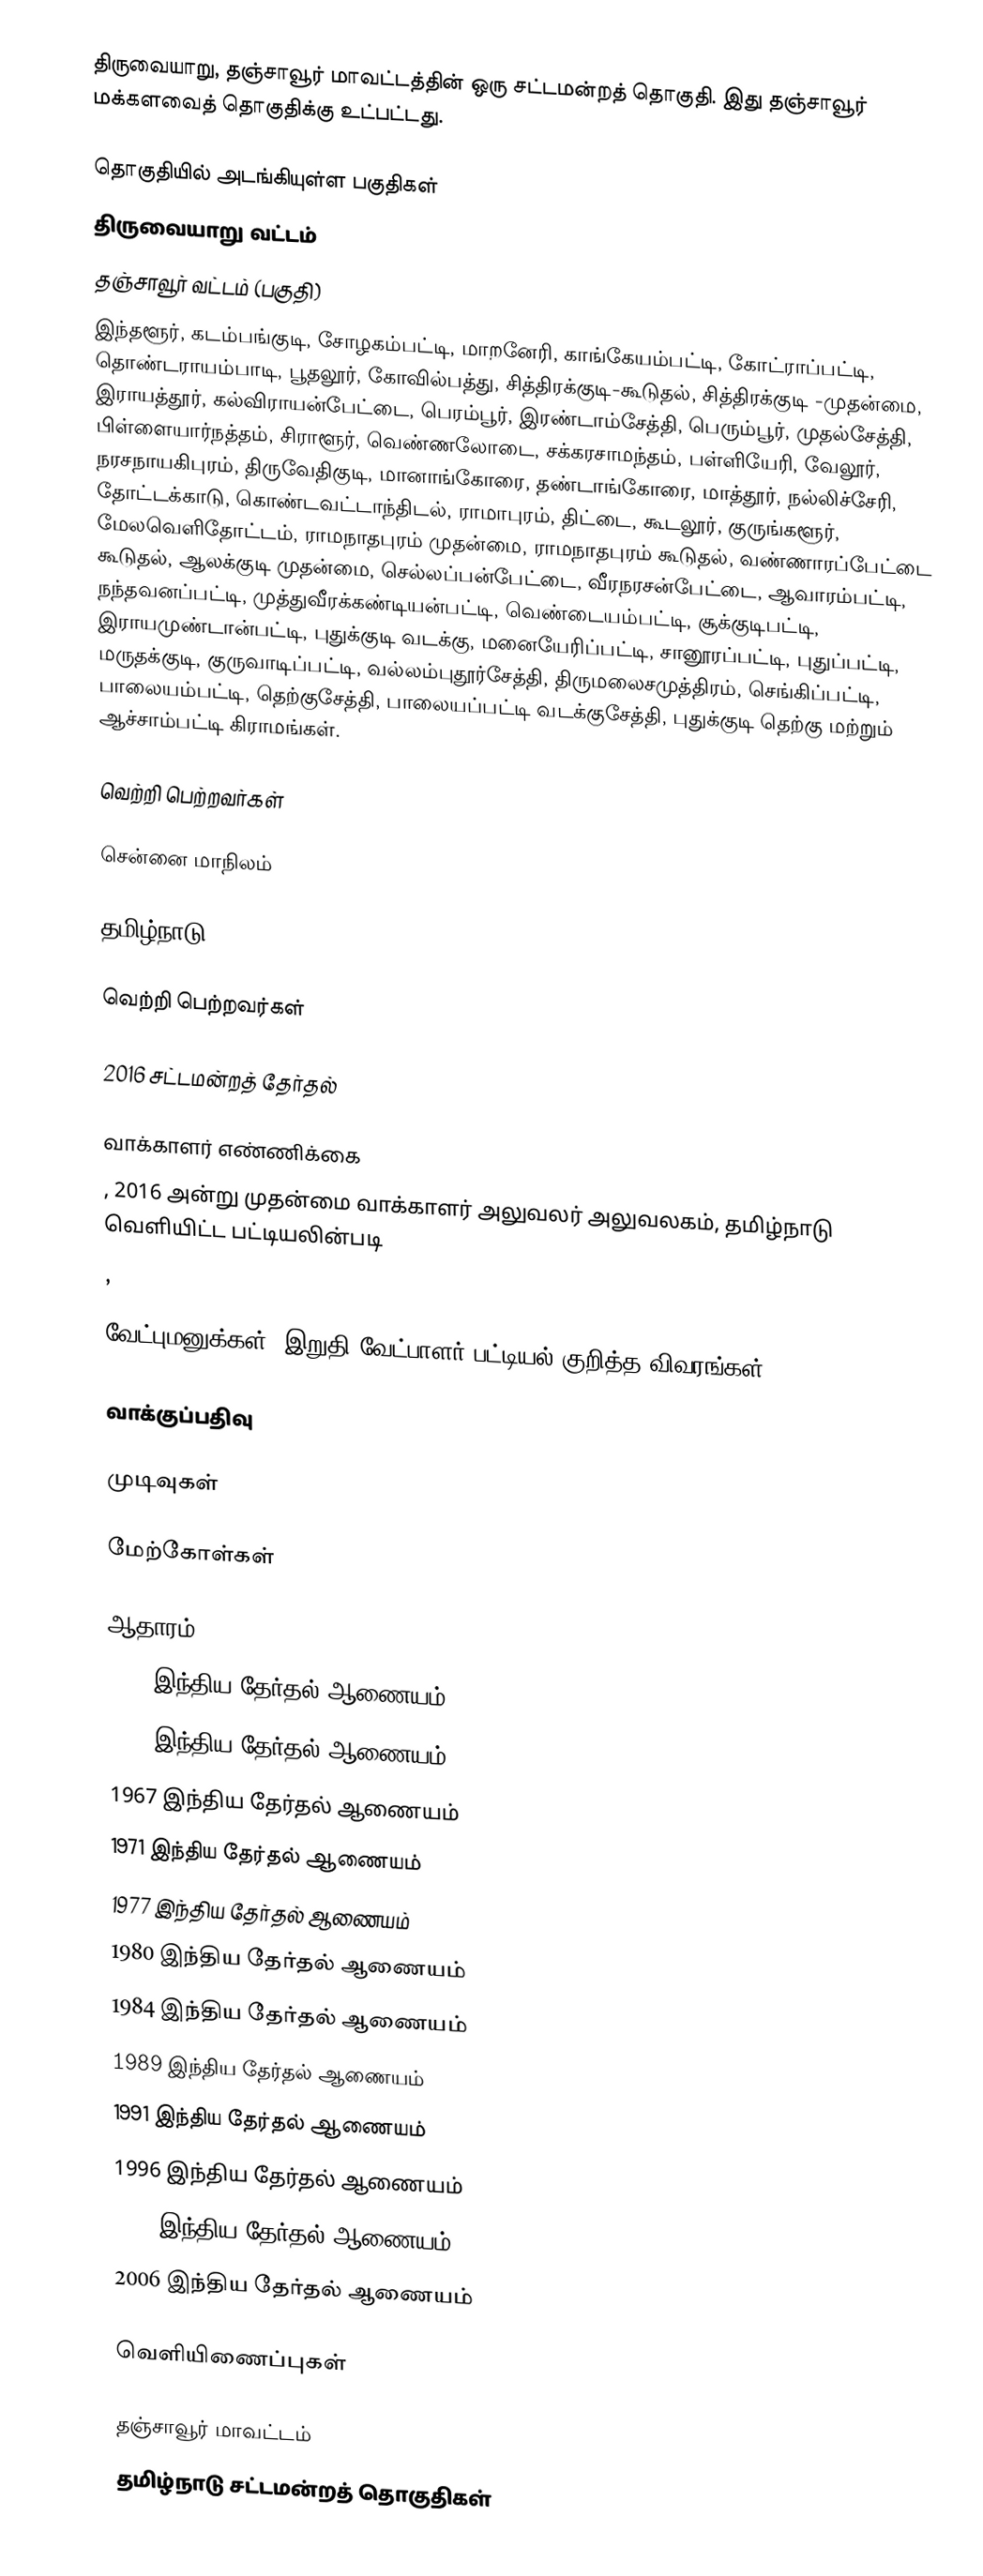
திருவையாறு, தஞ்சாவூர் மாவட்டத்தின் ஒரு சட்டமன்றத் தொகுதி. இது தஞ்சாவூர் மக்களவைத் தொகுதிக்கு உட்பட்டது.

தொகுதியில் அடங்கியுள்ள பகுதிகள்
திருவையாறு வட்டம்
தஞ்சாவூர் வட்டம் (பகுதி)
இந்தளூர், கடம்பங்குடி, சோழகம்பட்டி, மாறனேரி, காங்கேயம்பட்டி, கோட்ராப்பட்டி, தொண்டராயம்பாடி, பூதலூர், கோவில்பத்து, சித்திரக்குடி-கூடுதல், சித்திரக்குடி -முதன்மை, இராயத்தூர், கல்விராயன்பேட்டை, பெரம்பூர், இரண்டாம்சேத்தி, பெரும்பூர், முதல்சேத்தி, பிள்ளையார்நத்தம், சிராளூர், வெண்ணலோடை, சக்கரசாமந்தம், பள்ளியேரி, வேலூர், நரசநாயகிபுரம், திருவேதிகுடி, மானாங்கோரை, தண்டாங்கோரை, மாத்தூர், நல்லிச்சேரி, தோட்டக்காடு, கொண்டவட்டாந்திடல், ராமாபுரம், திட்டை, கூடலூர், குருங்களூர், மேலவெளிதோட்டம், ராமநாதபுரம் முதன்மை, ராமநாதபுரம் கூடுதல், வண்ணாரப்பேட்டை கூடுதல், ஆலக்குடி முதன்மை, செல்லப்பன்பேட்டை, வீரநரசன்பேட்டை, ஆவாரம்பட்டி, நந்தவனப்பட்டி, முத்துவீரக்கண்டியன்பட்டி, வெண்டையம்பட்டி, சூக்குடிபட்டி, இராயமுண்டான்பட்டி, புதுக்குடி வடக்கு, மனையேரிப்பட்டி, சானூரப்பட்டி, புதுப்பட்டி, மருதக்குடி, குருவாடிப்பட்டி, வல்லம்புதூர்சேத்தி, திருமலைசமுத்திரம், செங்கிப்பட்டி, பாலையம்பட்டி, தெற்குசேத்தி, பாலையப்பட்டி வடக்குசேத்தி, புதுக்குடி தெற்கு மற்றும் ஆச்சாம்பட்டி கிராமங்கள்.

வெற்றி பெற்றவர்கள்

சென்னை மாநிலம்

தமிழ்நாடு

வெற்றி பெற்றவர்கள்

2016 சட்டமன்றத் தேர்தல்

வாக்காளர் எண்ணிக்கை
, 2016 அன்று முதன்மை வாக்காளர் அலுவலர் அலுவலகம், தமிழ்நாடு வெளியிட்ட பட்டியலின்படி
,

வேட்புமனுக்கள், இறுதி வேட்பாளர் பட்டியல் குறித்த விவரங்கள்

வாக்குப்பதிவு

முடிவுகள்

மேற்கோள்கள்

ஆதாரம்
1957 இந்திய தேர்தல் ஆணையம்
1962 இந்திய தேர்தல் ஆணையம்
1967 இந்திய தேர்தல் ஆணையம்
1971 இந்திய தேர்தல் ஆணையம்
1977 இந்திய தேர்தல் ஆணையம்
1980 இந்திய தேர்தல் ஆணையம்
1984 இந்திய தேர்தல் ஆணையம்
1989 இந்திய தேர்தல் ஆணையம்
1991 இந்திய தேர்தல் ஆணையம்
1996 இந்திய தேர்தல் ஆணையம்
2001 இந்திய தேர்தல் ஆணையம்
2006 இந்திய தேர்தல் ஆணையம்

வெளியிணைப்புகள்

தஞ்சாவூர் மாவட்டம்
தமிழ்நாடு சட்டமன்றத் தொகுதிகள்